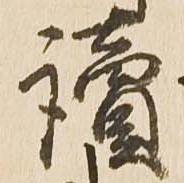
読